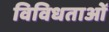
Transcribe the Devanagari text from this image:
विविधताओँ